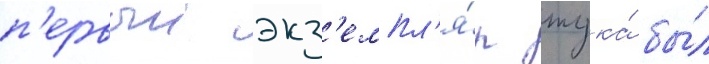
п'ервыи экз'емпл'я́р жука́ бы́л